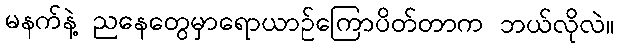
မနက်နဲ့ ညနေတွေမှာရောယာဉ်ကြောပိတ်တာက ဘယ်လိုလဲ။